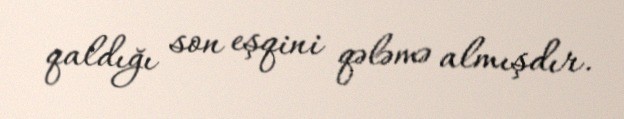
qaldığı son eşqini qələmə almışdır.